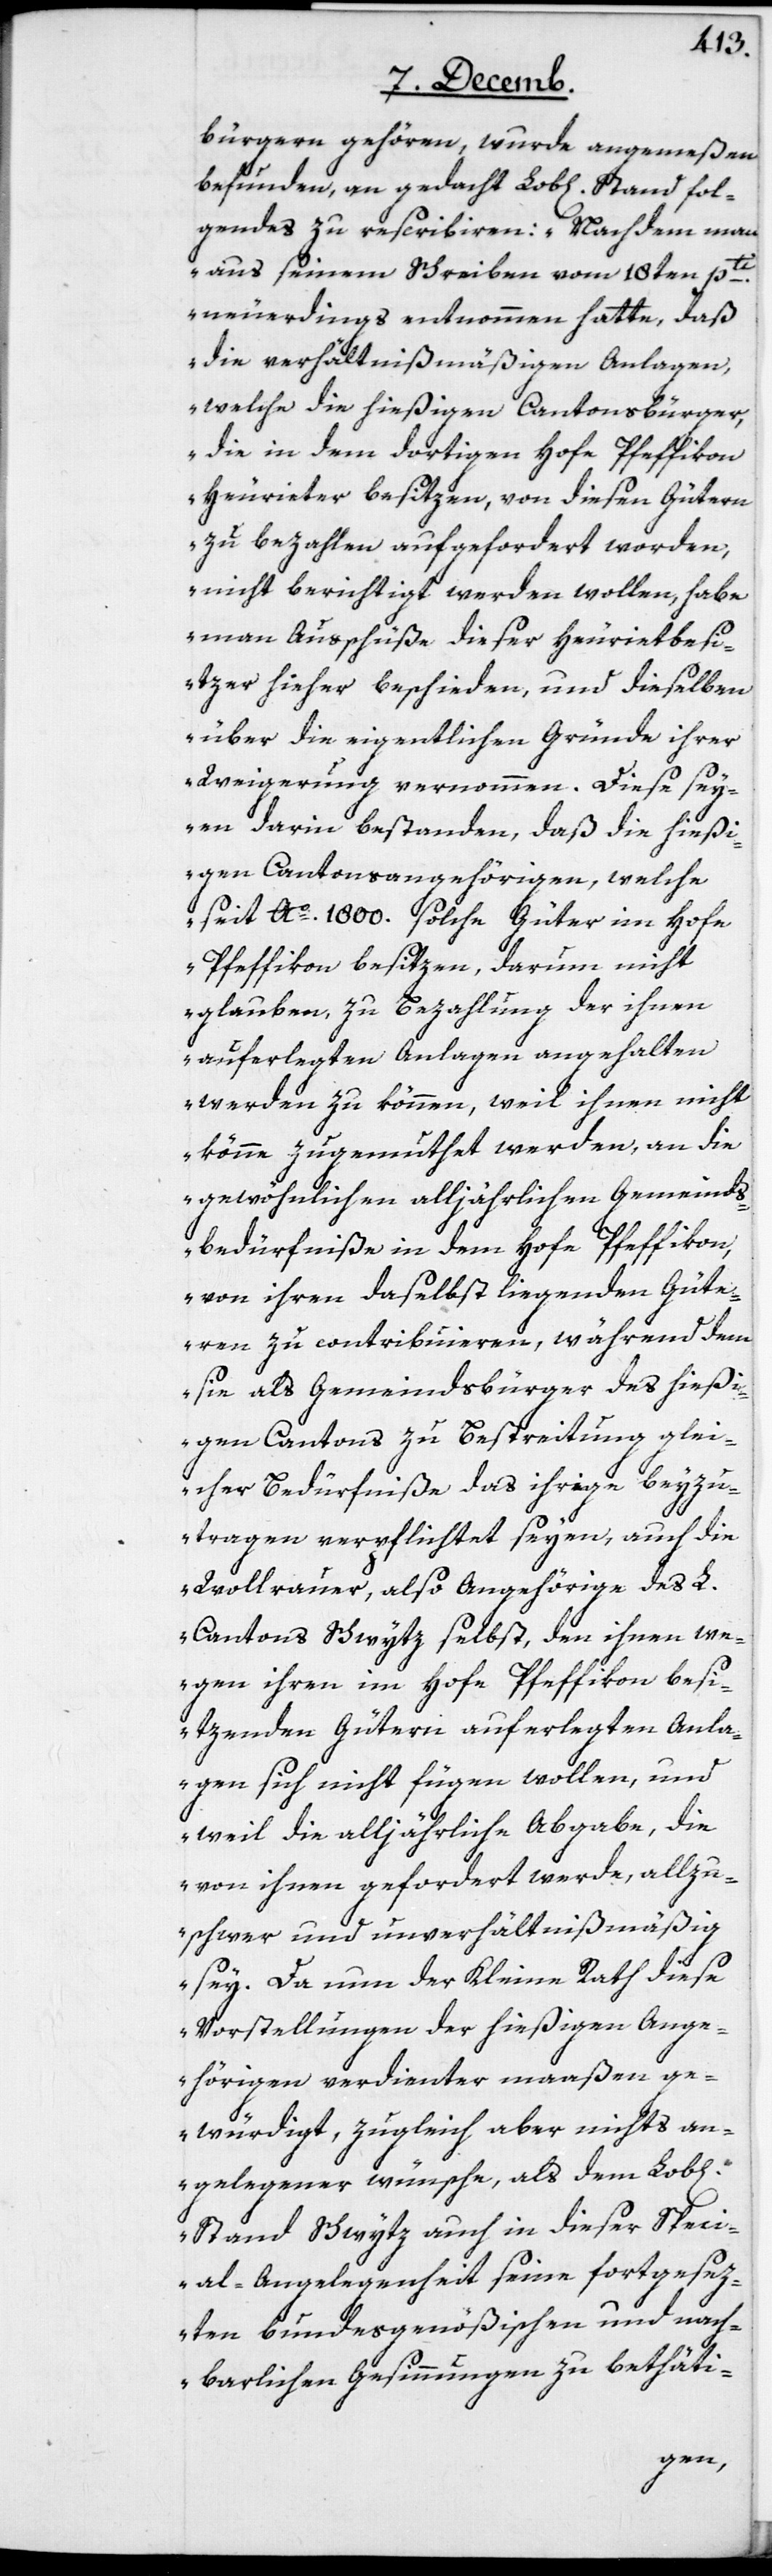
bürgern gehören, wurde angemeßen
befunden, an gedacht Lob[lichen]. Stand Fol¬
gendes zu rescribieren: „Nachdem man
aus seinem Schreiben vom 18ten pti.
neuerdings entnommen hatte, daß
die verhältnißmäßigen Anlagen,
welche die hießigen Cantonsbürger,
die in dem dortigen Hofe Pfeffikon
Heurieter besitzen, von diesen Gütern
zu bezahlen aufgefordert worden,
nicht berichtigt werden wollen, habe
man Ausschüße dieser Heurietbesi¬
tzer hieher beschieden, und dieselben
über die eigentlichen Gründe ihrer
Weigerung vernommen. Diese sey¬
en darin bestanden, daß die hießi¬
gen Cantonsangehörigen, welche
seit Ao. 1800. solche Güter im Hofe
Pfeffikon besitzen, darum nicht
glauben zu Bezahlung der ihnen
auferlegten Anlagen angehalten
werden zu können, weil ihnen nicht
könne zugemuthet werden, an die
gewöhnlichen alljährlichen Gemeinds¬
bedürfniße in dem Hofe Pfeffikon,
von ihren daselbst liegenden Güte¬
ren zu contribuieren, während dem
sie als Gemeindsbürger des hießi¬
gen Cantons zu Bestreitung glei¬
cher Bedürfniße das ihrige beyzu¬
tragen verpflichtet seyen, auch die
Wollrauer, also Angehörige des L.
Cantons Schwytz selbst, den ihnen we¬
gen ihren im Hofe Pfeffikon besi¬
tzenden Gütern auferlegten Anla¬
gen sich nicht fügen wollen, und
weil die alljährliche Abgabe, die
von ihnen gefordert werde, allzu¬
schwer und unverhältnismäßig
sey. Da nun der Kleine Rath diese
Vorstellungen der hießigen Ange¬
hörigen verdienter maaßen ge¬
würdigt, zugleich aber nichts an¬
gelegener wünsche, als dem Lob[li¬
Stand Schwytz auch in dieser Speci¬
al-Angelegenheit seine fortgese¬
zten bundesgenößischen und nach¬
barlichen Gesinnungen zu betäti-
chen]